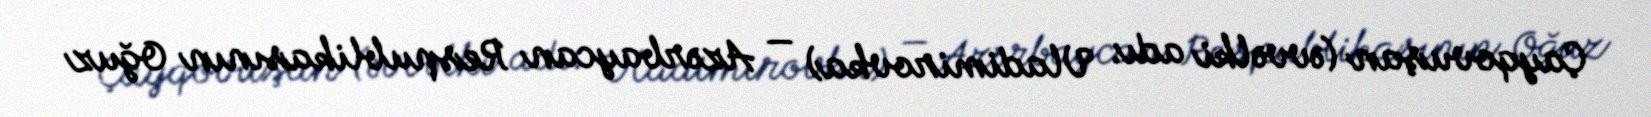
Çayqovuşan (əvvəlki adı: Vladimirovka) — Azərbaycan Respublikasının Oğuz